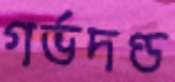
গর্ভদণ্ড